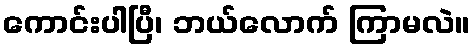
ကောင်းပါပြီ၊ ဘယ်လောက် ကြာမလဲ။